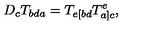
D _ { c } T _ { b d a } = T _ { e [ b d } T _ { a ] c } ^ { e } ,